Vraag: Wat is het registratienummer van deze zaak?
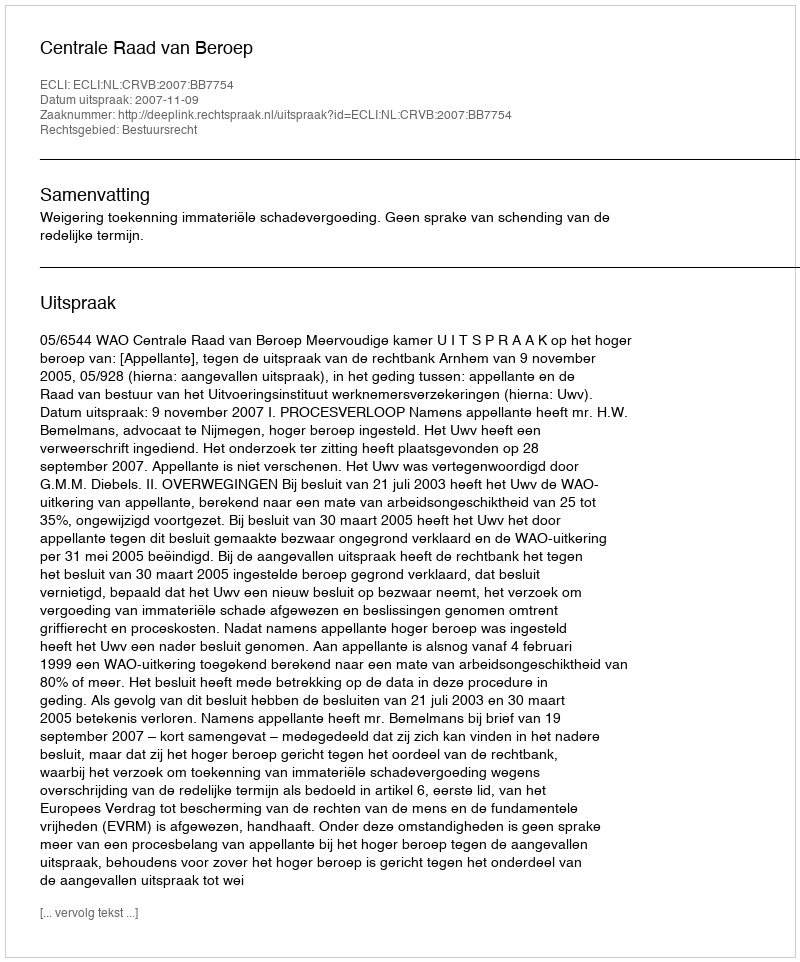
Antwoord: http://deeplink.rechtspraak.nl/uitspraak?id=ECLI:NL:CRVB:2007:BB7754